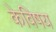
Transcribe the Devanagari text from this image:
केविषय